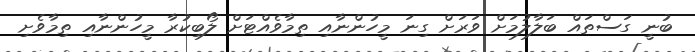
ބުނީ ގަސްތައް ބަލާލުމަށް ވަރަށް ގިނަ މީހުންނާއި ތިމާވެއްޓަށް ލޯބިކުރާ މީހުންނާއި ތިމާވެށި